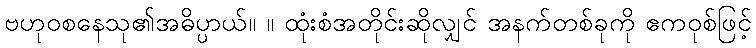
ဗဟုဝစနေသု၏အဓိပ္ပာယ်။ ။ ထုံးစံအတိုင်းဆိုလျှင် အနက်တစ်ခုကို ဧကဝုစ်ဖြင့်